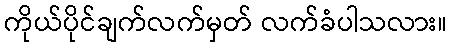
ကိုယ်ပိုင်ချက်လက်မှတ် လက်ခံပါသလား။